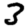
Digit: 3